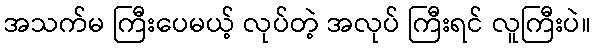
အသက်မ ကြီးပေမယ့် လုပ်တဲ့ အလုပ် ကြီးရင် လူကြီးပဲ။